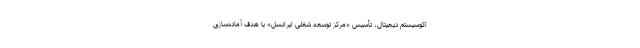
اکوسیستم دیجیتال، تأسیس «مرکز توسعه شغلی ایرانسل» با هدف آماده‌سازی